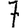
Digit: 7